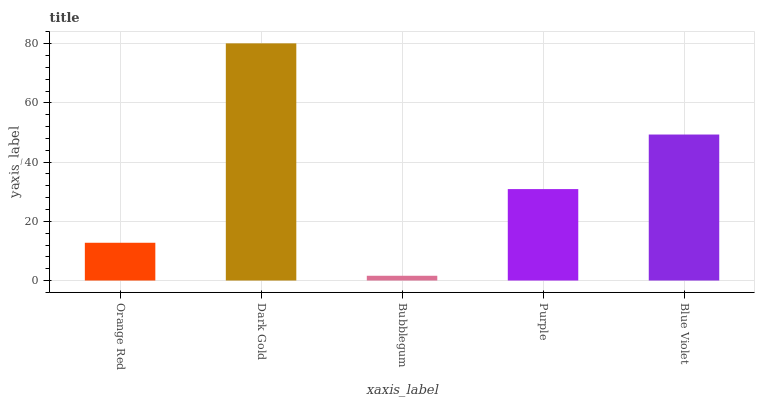
| xaxis_label | bars |
 | --- | --- |
 | Orange Red | 12.8 |
 | Dark Gold | 80.2 |
 | Bubblegum | 1.61 |
 | Purple | 30.9 |
 | Blue Violet | 49.3 |